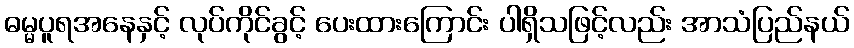
ဓမ္မပူရအနေနှင့် လုပ်ကိုင်ခွင့် ပေးထားကြောင်း ပါရှိသဖြင့်လည်း အာသံပြည်နယ်